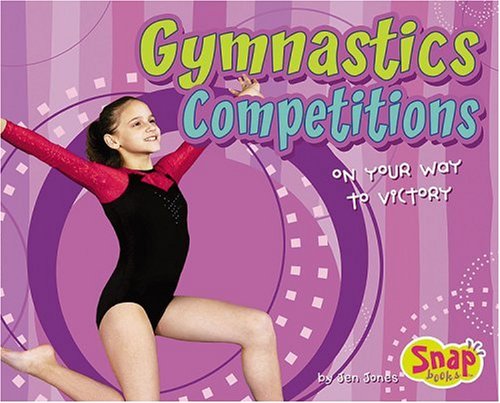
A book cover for Gymnastics Competitions: On Your Way to Victory; Jen Jones; Children's Books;